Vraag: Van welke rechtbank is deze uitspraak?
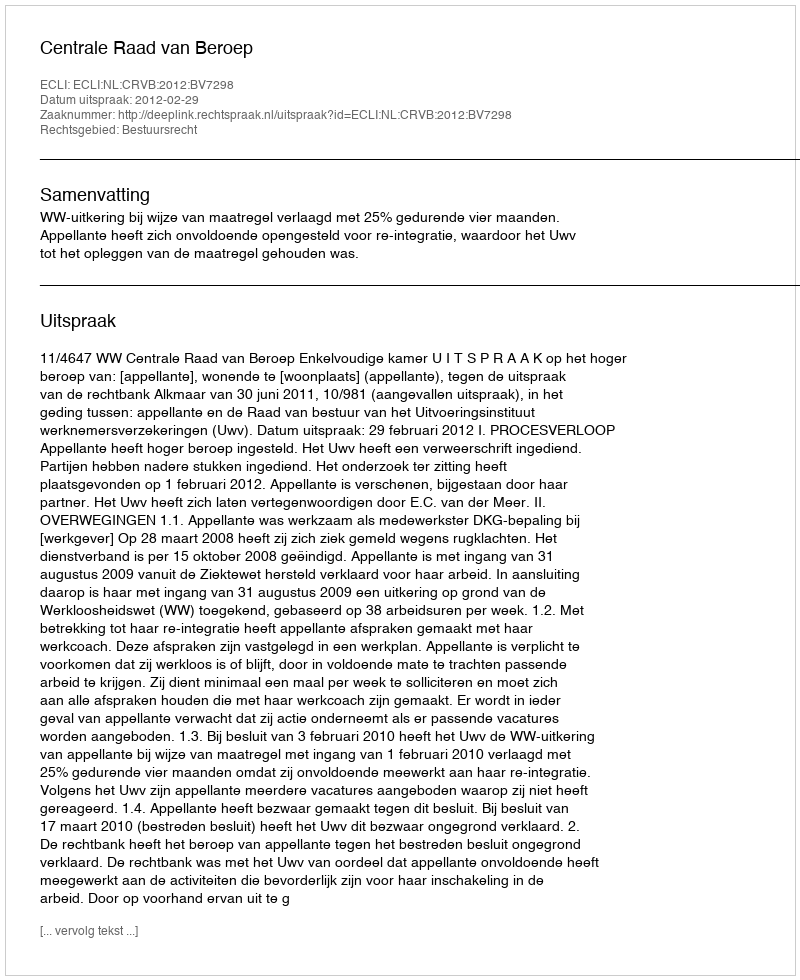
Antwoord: Centrale Raad van Beroep